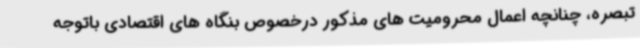
تبصره، چنانچه اعمال محرومیت های مذکور درخصوص بنگاه های اقتصادی باتوجه